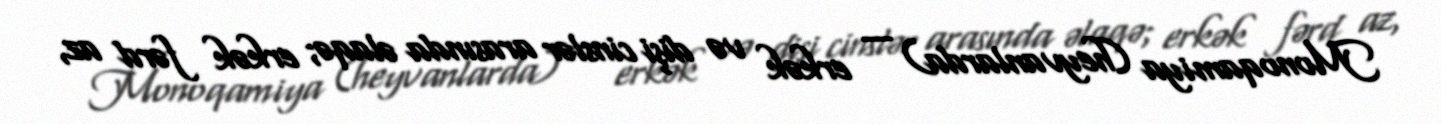
Monoqamiya (heyvanlarda) — erkək və dişi cinslər arasında əlaqə; erkək fərd az,